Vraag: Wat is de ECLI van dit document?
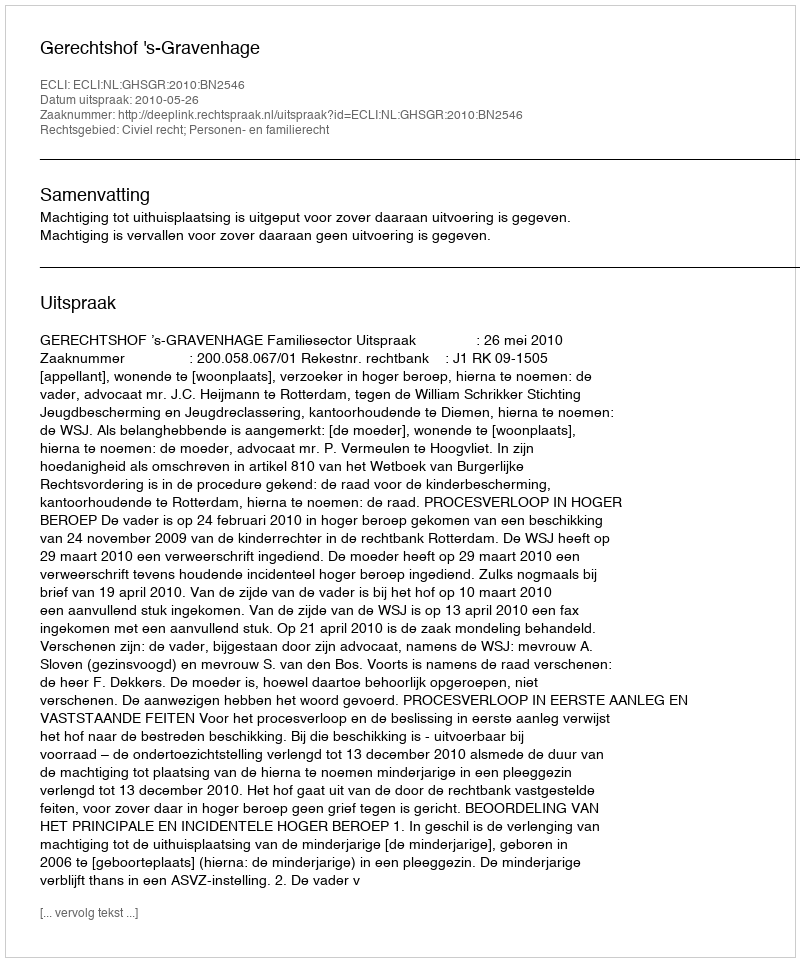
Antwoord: ECLI:NL:GHSGR:2010:BN2546